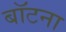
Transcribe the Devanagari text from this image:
बॉटना